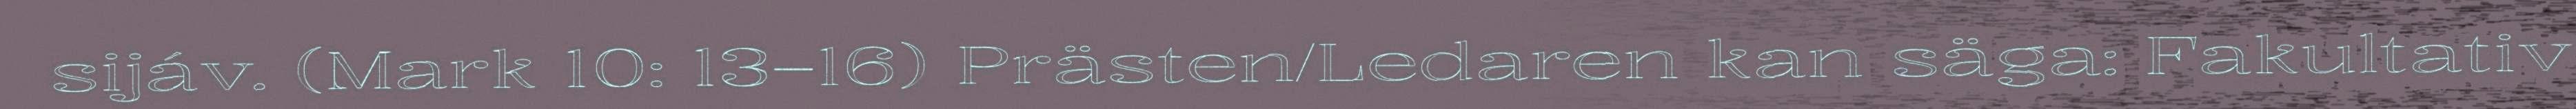
sijáv. (Mark 10: 13–16) Prästen/Ledaren kan säga: Fakultativ